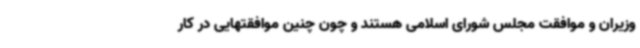
وزیران و موافقت مجلس شورای اسلامی هستند و چون چنین موافقتهایی در کار